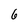
Character: 6